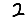
Digit: 2